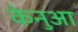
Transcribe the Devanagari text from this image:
केनुआ